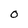
Character: O